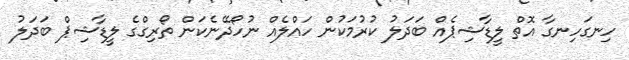
ހިނގަހިނގާ އޮތް ލީޑާޝިޕެއް ބަދަލު ކުރުމަކުން ހައްލެއް ނުހޯދޭނެކަން ތޯރިގްގެ ލީޑާޝިޕް ބަދަލު